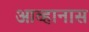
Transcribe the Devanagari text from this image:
आव्हानास